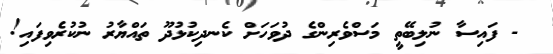
- ފައިސާ ނުލިބޭތީ މަސްވެރިންގެ ދުވަހަށް ކެނދިކުޅުދޫ ތައްޔާރު ނުކުރެވިފައި!